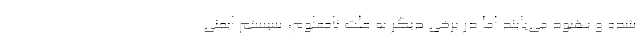
شده و بهبود می‌یابند اما در برخی دیگر به علت نامعلوم، سیستم ایمنی